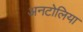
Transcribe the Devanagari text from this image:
अनटोलिया